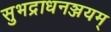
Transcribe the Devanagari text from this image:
सुभद्राधनञ्जयम्